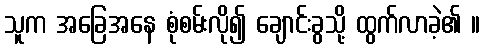
သူက အခြေအနေ စုံစမ်းလို၍ ချောင်းခွသို့ ထွက်လာခဲ့၏ ။